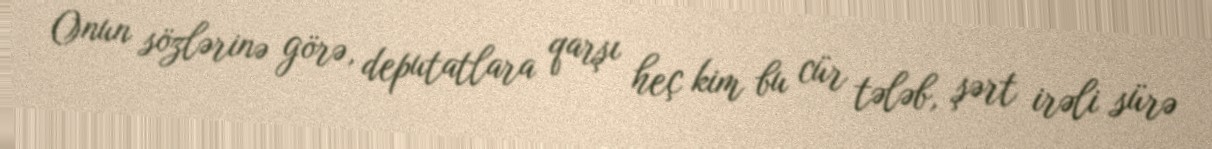
Onun sözlərinə görə, deputatlara qarşı heç kim bu cür tələb, şərt irəli sürə